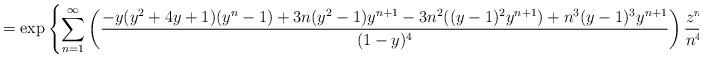
LaTeX: \begin{align*} = \exp\left\{ \sum_{n=1}^{\infty} \left( \frac{-y (y^2 + 4 y + 1) (y^n - 1) + 3 n (y^2 -1) y^{n+1} - 3 n^2 ((y-1)^2 y^{n+1}) + n^3 (y-1)^3 y^{n+1}}{(1-y)^4} \right) \frac{z^n}{n^4} \right\}\end{align*}